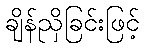
ချိန်ညှိခြင်းဖြင့်